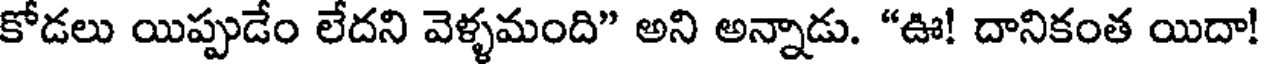
కోడలు యిప్పుడేం లేదని వెళ్ళమంది" అని అన్నాడు. "ఊ! దానికంత యిదా!